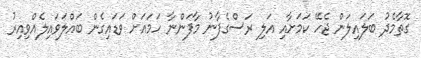
ގޮތާމެދު ބަލައިލަން ޖެހޭ ކަމަށާއި އަލި ރަސްގެފާނު މާފަންނާ ހަމައަށް ވަޑައިގެން ބައްލަވައިލެއްވިއިރު